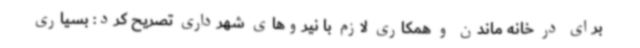
برای در خانه ماندن و همکاری لازم با نیروهای شهرداری تصریح کرد: بسیاری